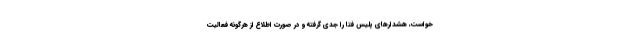
خواست، هشدارهای پلیس فتا را جدی گرفته و در صورت اطلاع از هرگونه فعالیت